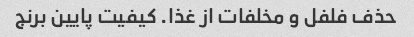
حذف فلفل و مخلفات از غذا. کیفیت پایین برنج